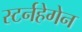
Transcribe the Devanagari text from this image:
स्टर्नहेगेन